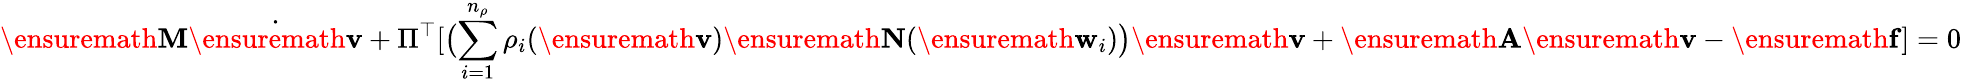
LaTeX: \ensuremath{\mathbf{M}}\dot{\ensuremath{\mathbf{v}}}+\Pi^{\top}[\bigl(\sum_{i=1}^{n_{\rho}}\rho_{i}(\ensuremath{\mathbf{v}})\ensuremath{\mathbf{N}}(\ensuremath{\mathbf{w}}_{i})\bigr)\ensuremath{\mathbf{v}}+\ensuremath{\mathbf{A}}\ensuremath{\mathbf{v}}-\ensuremath{\mathbf{f}}]=0